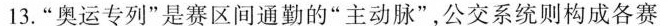
13.“奥运专列”是赛区间通勤的“主动脉”,公交系统则构成各赛